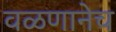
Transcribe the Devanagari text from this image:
वळणानेच